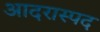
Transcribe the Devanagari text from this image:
आदरास्पद